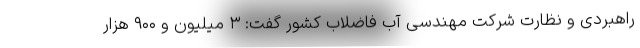
راهبردی و نظارت شرکت مهندسی آب فاضلاب کشور گفت: ۳ میلیون و ۹۰۰ هزار